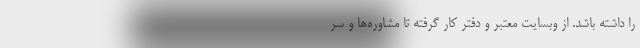
را داشته باشد. از وبسایت معتبر و دفتر کار گرفته تا مشاوره‌ها و سر